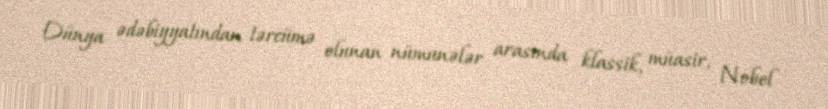
Dünya ədəbiyyatından tərcümə olunan nümunələr arasında klassik, müasir, Nobel